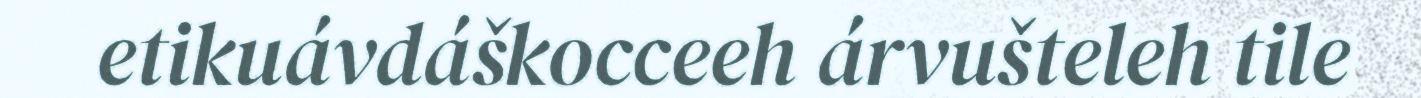
etikuávdáškocceeh árvušteleh tile